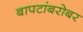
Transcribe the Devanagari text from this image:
बापटांबरोबर